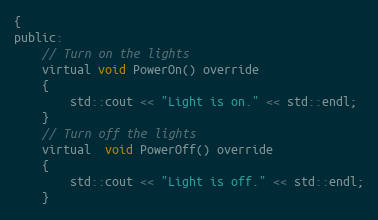
Language: C
{
public:
    // Turn on the lights
    virtual void PowerOn() override
    {
        std::cout << "Light is on." << std::endl;
    }
    // Turn off the lights
    virtual  void PowerOff() override
    {
        std::cout << "Light is off." << std::endl;
    }